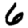
Digit: 6